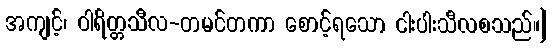
အကျင့်၊ ဝါရိတ္တသီလ-တမင်တကာ စောင့်ရသော ငါးပါးသီလစသည်။]